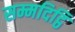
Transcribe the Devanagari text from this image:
सम्मदिट्ठि